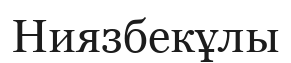
Ниязбекұлы